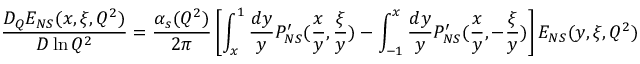
{ \frac { D _ { Q } E _ { N S } ( x , \xi , Q ^ { 2 } ) } { D \ln Q ^ { 2 } } } = { \frac { \alpha _ { s } ( Q ^ { 2 } ) } { 2 \pi } } \left[ \int _ { x } ^ { 1 } { \frac { d y } { y } } P _ { N S } ^ { \prime } ( { \frac { x } { y } } , { \frac { \xi } { y } } ) - \int _ { - 1 } ^ { x } { \frac { d y } { y } } P _ { N S } ^ { \prime } ( { \frac { x } { y } } , - { \frac { \xi } { y } } ) \right] E _ { N S } ( y , \xi , Q ^ { 2 } ) \ ,